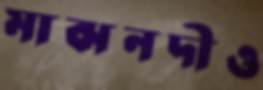
মাঝনদীও